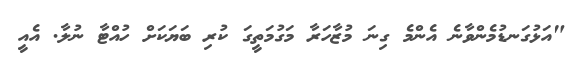
"އަޅުގަނޑުމެންވާނެ އެންމެ ގިނަ މުޒާހަރާ މަގުމަތީގަ ކުރި ބަޔަކަށް ހުއްޓާ ނުލާ. އެއީ